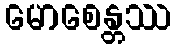
မောစေန္တဿ